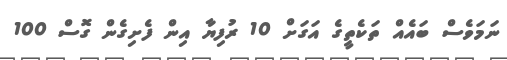
ނަމަވެސް ބައެއް ތަކެތީގެ އަގަށް 10 ރުފިޔާ އިން ފެށިގެން ގޮސް 100